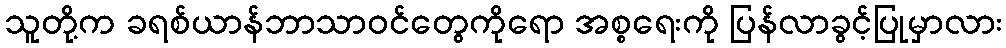
သူတို့က ခရစ်ယာန်ဘာသာဝင်တွေကိုရော အစ္စရေးကို ပြန်လာခွင့်ပြုမှာလား